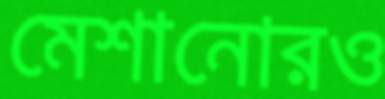
মেশানোরও